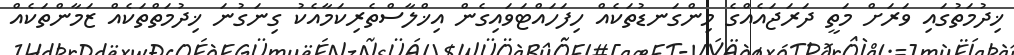
ޚިދުމަތުގައި ވަރަށް މަތީ ދަރަޖައެއްގެ މިންގަނޑުތަކެއް ހިފަހައްޓަވައިގެން އިޚްލާސްތެރިކަމާއެކު ގިނަގުނަ ޚިދުމަތްތަކެއް ޒަމާންތަކެއް